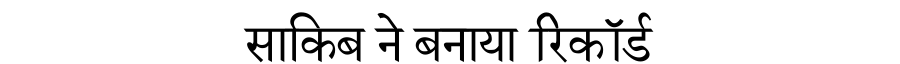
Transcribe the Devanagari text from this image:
साकिब ने बनाया रिकॉर्ड